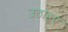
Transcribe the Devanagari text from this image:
उठाइए